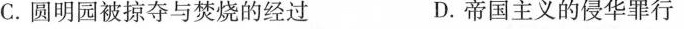
C.圆明园被掠夺与焚烧的经过 D.帝国主义的侵华罪行